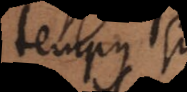
tempus si